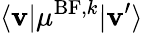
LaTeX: \langle\mathbf{v}\vert\mu^{\mathrm{{BF}},k}\vert\mathbf{v}^{\prime}\rangle